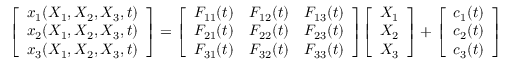
{ \left[ \begin{array} { l } { x _ { 1 } ( X _ { 1 } , X _ { 2 } , X _ { 3 } , t ) } \\ { x _ { 2 } ( X _ { 1 } , X _ { 2 } , X _ { 3 } , t ) } \\ { x _ { 3 } ( X _ { 1 } , X _ { 2 } , X _ { 3 } , t ) } \end{array} \right] } = { \left[ \begin{array} { l l l } { F _ { 1 1 } ( t ) } & { F _ { 1 2 } ( t ) } & { F _ { 1 3 } ( t ) } \\ { F _ { 2 1 } ( t ) } & { F _ { 2 2 } ( t ) } & { F _ { 2 3 } ( t ) } \\ { F _ { 3 1 } ( t ) } & { F _ { 3 2 } ( t ) } & { F _ { 3 3 } ( t ) } \end{array} \right] } { \left[ \begin{array} { l } { X _ { 1 } } \\ { X _ { 2 } } \\ { X _ { 3 } } \end{array} \right] } + { \left[ \begin{array} { l } { c _ { 1 } ( t ) } \\ { c _ { 2 } ( t ) } \\ { c _ { 3 } ( t ) } \end{array} \right] }